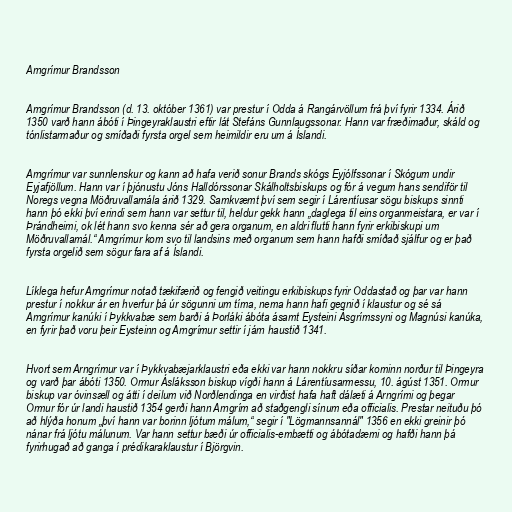
Arngrímur Brandsson

Arngrímur Brandsson (d. 13. október 1361) var prestur í Odda á Rangárvöllum frá því fyrir 1334. Árið
1350 varð hann ábóti í Þingeyraklaustri eftir lát Stefáns Gunnlaugssonar. Hann var fræðimaður, skáld og
tónlistarmaður og smíðaði fyrsta orgel sem heimildir eru um á Íslandi.

Arngrímur var sunnlenskur og kann að hafa verið sonur Brands skógs Eyjólfssonar í Skógum undir
Eyjafjöllum. Hann var í þjónustu Jóns Halldórssonar Skálholtsbiskups og fór á vegum hans sendiför til
Noregs vegna Möðruvallamála árið 1329. Samkvæmt því sem segir í Lárentíusar sögu biskups sinnti
hann þó ekki því erindi sem hann var settur til, heldur gekk hann „daglega til eins organmeistara, er var í
Þrándheimi, ok lét hann svo kenna sér að gera organum, en aldri flutti hann fyrir erkibiskupi um
Möðruvallamál.“ Arngrímur kom svo til landsins með organum sem hann hafði smíðað sjálfur og er það
fyrsta orgelið sem sögur fara af á Íslandi.

Líklega hefur Arngrímur notað tækifærið og fengið veitingu erkibiskups fyrir Oddastað og þar var hann
prestur í nokkur ár en hverfur þá úr sögunni um tíma, nema hann hafi gegnið í klaustur og sé sá
Arngrímur kanúki í Þykkvabæ sem barði á Þorláki ábóta ásamt Eysteini Ásgrímssyni og Magnúsi kanúka,
en fyrir það voru þeir Eysteinn og Arngrímur settir í járn haustið 1341.

Hvort sem Arngrímur var í Þykkvabæjarklaustri eða ekki var hann nokkru síðar kominn norður til Þingeyra
og varð þar ábóti 1350. Ormur Ásláksson biskup vígði hann á Lárentíusarmessu, 10. ágúst 1351. Ormur
biskup var óvinsæll og átti í deilum við Norðlendinga en virðist hafa haft dálæti á Arngrími og þegar
Ormur fór úr landi haustið 1354 gerði hann Arngrím að staðgengli sínum eða officialis. Prestar neituðu þó
að hlýða honum „því hann var borinn ljótum málum,“ segir í "Lögmannsannál" 1356 en ekki greinir þó
nánar frá ljótu málunum. Var hann settur bæði úr officialis-embætti og ábótadæmi og hafði hann þá
fyrirhugað að ganga í prédikaraklaustur í Björgvin.